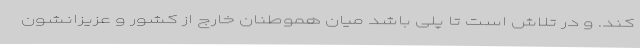
کند. و در تلاش است تا پلی باشد میان هموطنان خارج از کشور و عزیزانشون